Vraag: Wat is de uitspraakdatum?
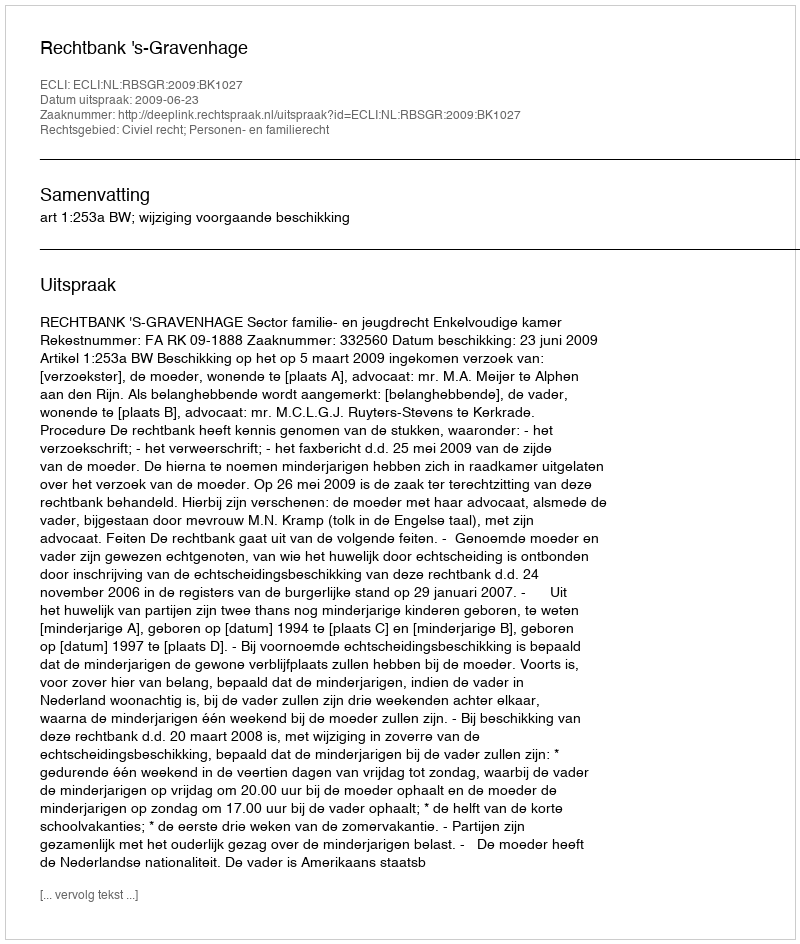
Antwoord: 2009-06-23